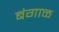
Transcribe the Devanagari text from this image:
बंगाळ